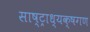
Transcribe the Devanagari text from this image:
साष्ट्राध्यक्षगण